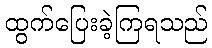
ထွက်ပြေးခဲ့ကြရသည်